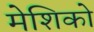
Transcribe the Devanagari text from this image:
मेशिको